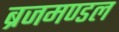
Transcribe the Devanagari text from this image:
ब्रजमण्डल